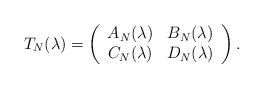
LaTeX: \begin{align*}T_N(\lambda)=\left(\begin{array}{cc}A_N(\lambda) & B_N(\lambda)\\C_N(\lambda) & D_N(\lambda)\end{array}\right).\end{align*}